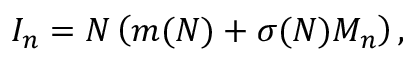
I _ { n } = N \left( m ( N ) + \sigma ( N ) M _ { n } \right) ,